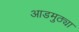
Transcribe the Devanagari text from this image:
आडमुठ्या